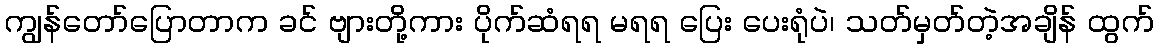
ကျွန်တော်ပြောတာက ခင် ဗျားတို့ကား ပိုက်ဆံရရ မရရ ပြေး ပေးရုံပဲ၊ သတ်မှတ်တဲ့အချိန် ထွက်